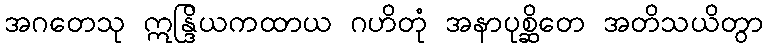
အဂတေသု ဣန္ဒြိယကထာယ ဂဟိတုံ အနာပုစ္ဆိတေ အတိသယိတွာ